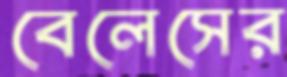
বেলেসের